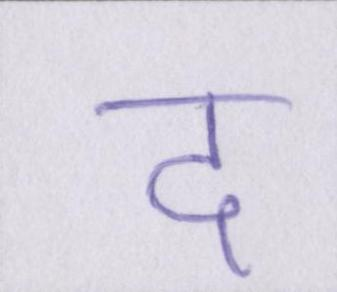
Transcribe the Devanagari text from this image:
द